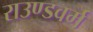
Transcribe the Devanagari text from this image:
राउण्डवर्म